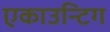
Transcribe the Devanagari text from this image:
एकाउन्टिग